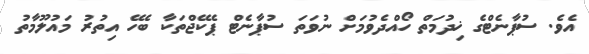
އެވެ. ސުޕާނެޓްގެ ޚިދުމަތް ހޯއްދެވުމަށް ނުވަތަ ސުޕާނެޓް ޕެކޭޖްތަކާ ބެހޭ އިތުރު މައުލޫމާތު